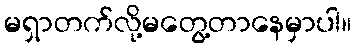
မရှာတက်လို့မတွေ့တာနေမှာပါ။